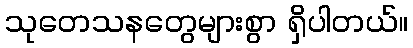
သုတေသနတွေများစွာ ရှိပါတယ်။